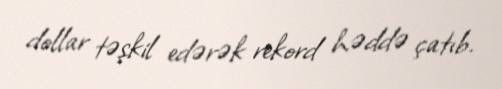
dollar təşkil edərək rekord həddə çatıb.